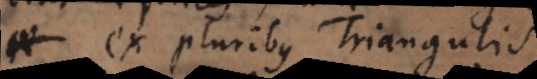
ex pluribus Triangulis